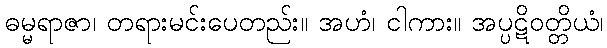
ဓမ္မရာဇာ၊ တရားမင်းပေတည်း။ အဟံ၊ ငါကား။ အပ္ပဋိဝတ္တိယံ၊